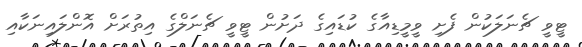
ޓީވީ ޗެނަލަކުން ފެށި ވީމީޑިއާގެ ކުޑައިގެ ދަށުން ޓީވީ ޗެނަލްގެ އިތުރަށް އޮންލައިނަކާއި